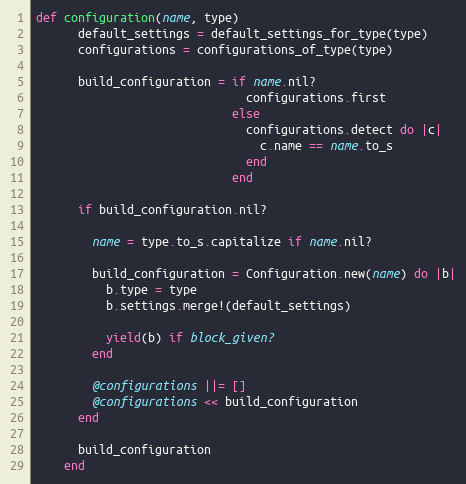
Language: Ruby
def configuration(name, type)
      default_settings = default_settings_for_type(type)
      configurations = configurations_of_type(type)

      build_configuration = if name.nil?
                              configurations.first
                            else
                              configurations.detect do |c|
                                c.name == name.to_s
                              end
                            end

      if build_configuration.nil?

        name = type.to_s.capitalize if name.nil?

        build_configuration = Configuration.new(name) do |b|
          b.type = type
          b.settings.merge!(default_settings)

          yield(b) if block_given?
        end

        @configurations ||= []
        @configurations << build_configuration
      end

      build_configuration
    end